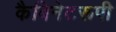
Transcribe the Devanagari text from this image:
कैबिनेटरूपी